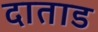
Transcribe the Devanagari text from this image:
दाताड